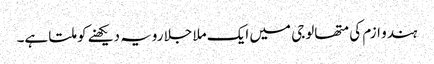
ہندو ازم کی متھالوجی میں‌ ایک ملا جلا رویہ دیکھنے کو ملتا ہے۔